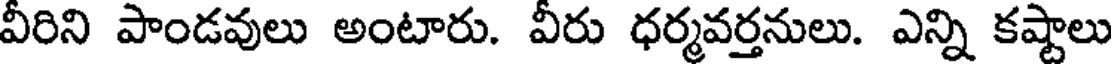
వీరిని పాండవులు అంటారు. వీరు ధర్మవర్తనులు. ఎన్ని కష్టాలు